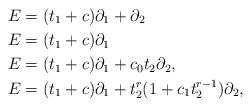
LaTeX: \begin{align*} & E = (t_{1} + c) \partial_{1} +\partial_{2}\\& E = (t_{1}+c) \partial_{1}\\& E = (t_{1}+c) \partial_{1} +{c}_{0} t_{2}\partial_{2},\\ & E = (t_{1}+c) \partial_{1} + t_{2}^{r}(1 + c_{1} t_{2}^{r-1})\partial_{2},\end{align*}